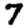
Digit: 7